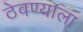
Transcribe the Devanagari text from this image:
ठेवण्याला